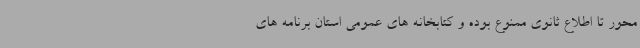
محور تا اطلاع ثانوی ممنوع بوده و کتابخانه های عمومی استان برنامه های